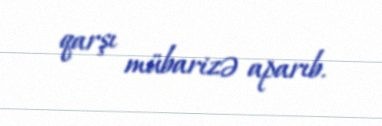
qarşı mübarizə aparıb.